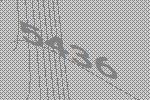
5436